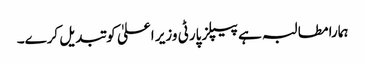
ہمارا مطالبہ ہے پیپلز پارٹی وزیر اعلیٰ کو تبدیل کرے۔